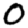
Digit: 0